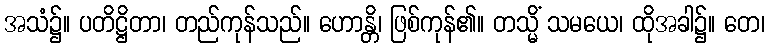
အသံ၌။ ပတိဋ္ဌိတာ၊ တည်ကုန်သည်။ ဟောန္တိ၊ ဖြစ်ကုန်၏။ တသ္မိံ သမယေ၊ ထိုအခါ၌။ တေ၊